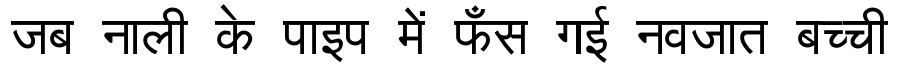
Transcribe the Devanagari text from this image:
जब नाली के पाइप में फँस गई नवजात बच्ची